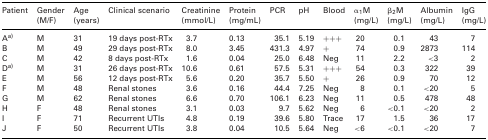
<table><thead><tr><td><b>Patient</b></td><td><b>Gender</b></td><td><b>Age</b></td><td><b>Clinical scenario</b></td><td><b>Creatinine</b></td><td><b>Protein</b></td><td><b>PCR</b></td><td><b>pH</b></td><td><b>Blood</b></td><td><b>α<sub>1</sub>M</b></td><td><b>β<sub>2</sub>M</b></td><td><b>Albumin</b></td><td><b>IgG</b></td></tr><tr><td></td><td><b>(M/F)</b></td><td><b>(years)</b></td><td></td><td><b>(mmol/L)</b></td><td><b>(mg/mL)</b></td><td></td><td></td><td></td><td><b>(mg/L)</b></td><td><b>(mg/L)</b></td><td><b>(mg/L)</b></td><td><b>(mg/L)</b></td></tr></thead><tbody><tr><td>Aa)</td><td>M</td><td>31</td><td>19 days post‐RTx</td><td>3.7</td><td>0.13</td><td>35.1</td><td>5.19</td><td>+++</td><td>20</td><td>0.1</td><td>43</td><td>7</td></tr><tr><td>B</td><td>M</td><td>49</td><td>29 days post‐RTx</td><td>8.0</td><td>3.45</td><td>431.3</td><td>4.97</td><td>+</td><td>74</td><td>0.9</td><td>2873</td><td>114</td></tr><tr><td>C</td><td>M</td><td>42</td><td>8 days post‐RTx</td><td>1.6</td><td>0.04</td><td>25.0</td><td>6.48</td><td>Neg</td><td>11</td><td>2.2</td><td>&lt;3</td><td>2</td></tr><tr><td>Da)</td><td>M</td><td>31</td><td>26 days post‐RTx</td><td>10.6</td><td>0.61</td><td>57.5</td><td>5.31</td><td>+++</td><td>54</td><td>0.3</td><td>322</td><td>39</td></tr><tr><td>E</td><td>M</td><td>56</td><td>12 days post‐RTx</td><td>5.6</td><td>0.20</td><td>35.7</td><td>5.50</td><td>+</td><td>26</td><td>0.9</td><td>70</td><td>12</td></tr><tr><td>F</td><td>M</td><td>48</td><td>Renal stones</td><td>3.6</td><td>0.16</td><td>44.4</td><td>7.25</td><td>Neg</td><td>8</td><td>0.1</td><td>&lt;20</td><td>5</td></tr><tr><td>G</td><td>M</td><td>62</td><td>Renal stones</td><td>6.6</td><td>0.70</td><td>106.1</td><td>6.23</td><td>Neg</td><td>11</td><td>0.5</td><td>478</td><td>48</td></tr><tr><td>H</td><td>F</td><td>48</td><td>Renal stones</td><td>3.1</td><td>0.03</td><td>9.7</td><td>5.62</td><td>Neg</td><td>6</td><td>&lt;0.1</td><td>&lt;20</td><td>2</td></tr><tr><td>I</td><td>F</td><td>71</td><td>Recurrent UTIs</td><td>4.8</td><td>0.19</td><td>39.6</td><td>5.80</td><td>Trace</td><td>17</td><td>1.5</td><td>36</td><td>17</td></tr><tr><td>J</td><td>F</td><td>50</td><td>Recurrent UTIs</td><td>3.8</td><td>0.04</td><td>10.5</td><td>5.64</td><td>Neg</td><td>&lt;6</td><td>&lt;0.1</td><td>&lt;20</td><td>7</td></tr></tbody></table>